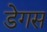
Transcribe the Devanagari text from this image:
डेगस